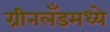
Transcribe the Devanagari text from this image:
ग्रीनलँडमध्ये